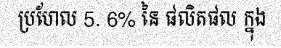
ប្រហែល 5. 6% នៃ ផលិតផល ក្នុង